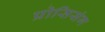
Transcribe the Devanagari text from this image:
प्रोसिसंग